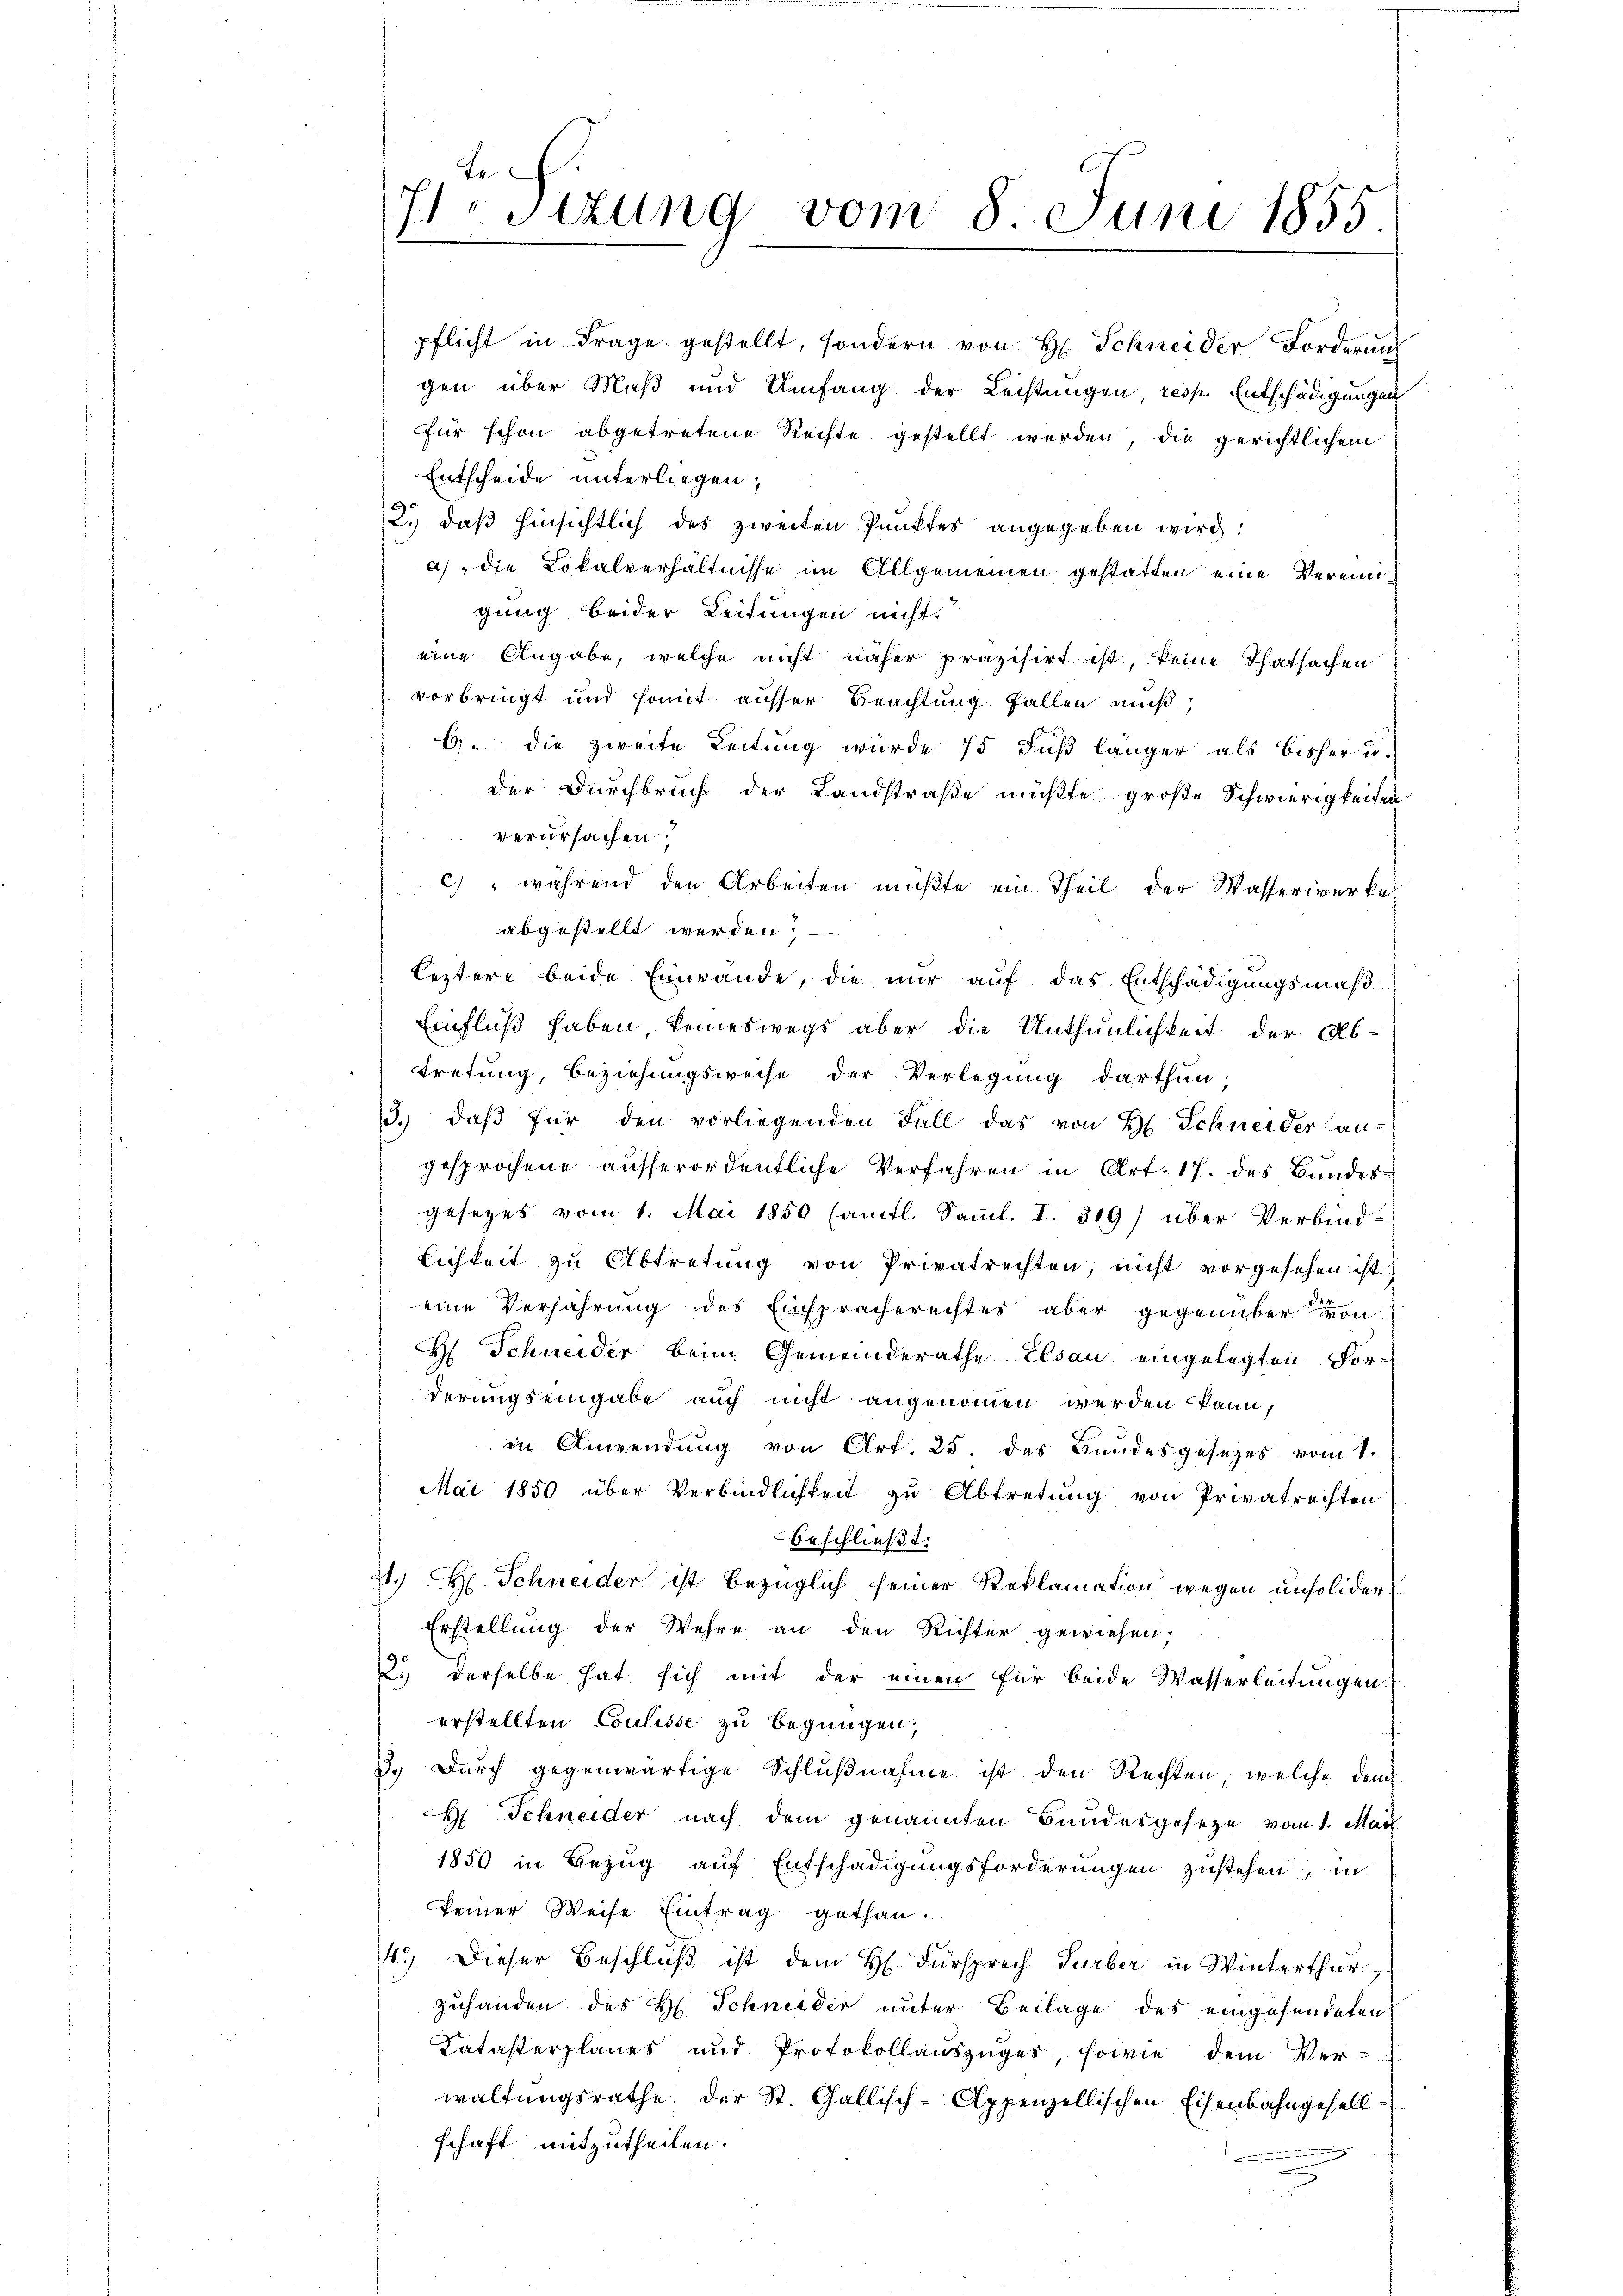
te
sizung vom 8. Juni 1855

pflicht in Frage gestellt, sondern von H. Schneider Forderung
gen über Maß und Umfang der Leistungen, resp. Entschädigungen
für schon abgetretene Rechte gestellt werden die gerichtlichem
Entscheide unterliegen,
2. daβ hinsichtlich des zweiten Punktes angegeben wird:
a) die Lokalverhältnisse im Allgemeinen gestatten eine Vereinigung beider Leitungen nicht.
eine Angabe, welche nicht näher präzisirt ist, keine Thatsachen
vorbringt und somit ausser Beachtung fallen muß,
6) die zweite Leitung wurde 15 Fuß länger als bisher u.
der Durchbruch der Landstraße müßte große Schwierigkeiten
verursachen.
c) " während den Arbeiten müßte ein Theil der Wasserwerkes
abgestellt werden,
Leztere beide Einwande, die nur auf das Entschädigungsmäß
Einfluß haben keineswegs aber die Unthunlichkeit der Ab-
retung, Beziehungsweise der Verlegung darthun;
3. daβ für den vorliegenden Fall das von H. Schneider an-
gesprochene ausserordentliche Verfahren in Art. 17. des Bundes-
gesezes vom 1. Mai 1850 sämtl. Samml. I. 319) über Verbind-
lichkeit zu Abtretung von Privatrechten, nicht vorgesehen ist.
eine Verjährung des Einspracherechtes aber gegenüber von
H Schneider beim Gemeinderathe Elsau eingelegten For-
derungseingabe auch nicht angenommen werden kann,
in Anwendung von Art. 25. des Bundesgesetzes vom 1.
Mai 1850 über Verbindlichkeit zu Abtretung von Privatrechten
beschließt:
J. H. Schneider ist bezüglich seiner Reklamation wegen unsolider
Erstellung der Wehre an den Richter gewiesen;
2. derselbe hat sich mit der einen für beide Wasserleitungen.
erstellten Coulisse zu begnügen;
3. Durch gegenwärtige Schlußnahme ist den Rechten, welche dem
H Schneider nach dem genannten Bundesgesetze vom 1. Mai
1850 in Bezug auf Entschädigungsforderungen zustehen, in
keiner Weise Eintrag gethan.
14.) Dieser Beschluß ist dem H. Fürsprech Turber in Winterthur
zuhanden des H. Schneider unter Beilage des eingefundeten
Katasterplanes und Protokollauszüger, sowie dem Verwaltungsrathe der St. Gallisch-Appenzellischen Eisenbahngesell
schaft mitzutheilen.